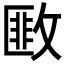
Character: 𢾺